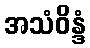
အသံဝိန္ဒံ